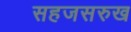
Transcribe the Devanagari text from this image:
सहजसरुख